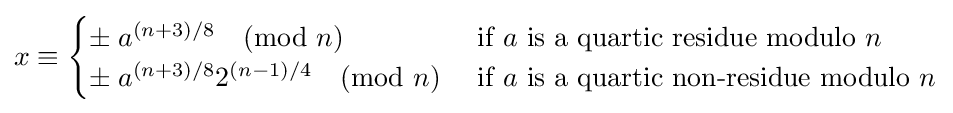
x\equiv {\begin{cases}\pm \;a^{(n+3)/8}{\pmod {n}}&{\text{ if }}a{\text{ is a quartic residue modulo }}n\\\pm \;a^{(n+3)/8}2^{(n-1)/4}{\pmod {n}}&{\text{ if }}a{\text{ is a quartic non-residue modulo }}n\end{cases}}